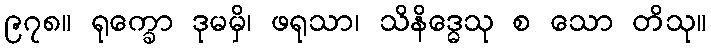
၉၇၈။ ရုက္ခော ဒုမမှိ၊ ဖရုသာ၊ သိနိဒ္ဓေသု စ သော တိသု။